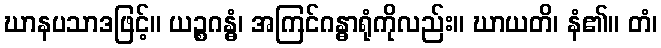
ဃာနပသာဒဖြင့်။ ယဉ္စဂန္ဓံ၊ အကြင်ဂန္ဓာရုံကိုလည်း။ ဃာယတိ၊ နံ၏။ တံ၊